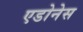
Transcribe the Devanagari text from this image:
एडोनेस